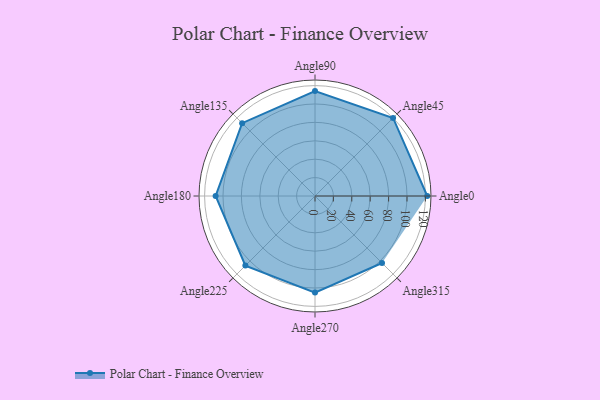
{"axis": {"x": "Angle", "y": "Radius"}, "legend": [""], "data": [{"x": "Angle0", "y": 122.0, "type": ""}, {"x": "Angle45", "y": 120.0, "type": ""}, {"x": "Angle90", "y": 114.0, "type": ""}, {"x": "Angle135", "y": 112.0, "type": ""}, {"x": "Angle180", "y": 108.0, "type": ""}, {"x": "Angle225", "y": 107.0, "type": ""}, {"x": "Angle270", "y": 105.0, "type": ""}, {"x": "Angle315", "y": 103.0, "type": ""}]}